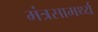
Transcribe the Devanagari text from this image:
मंत्रसामर्थ्य